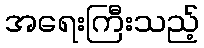
အရေးကြီးသည့်